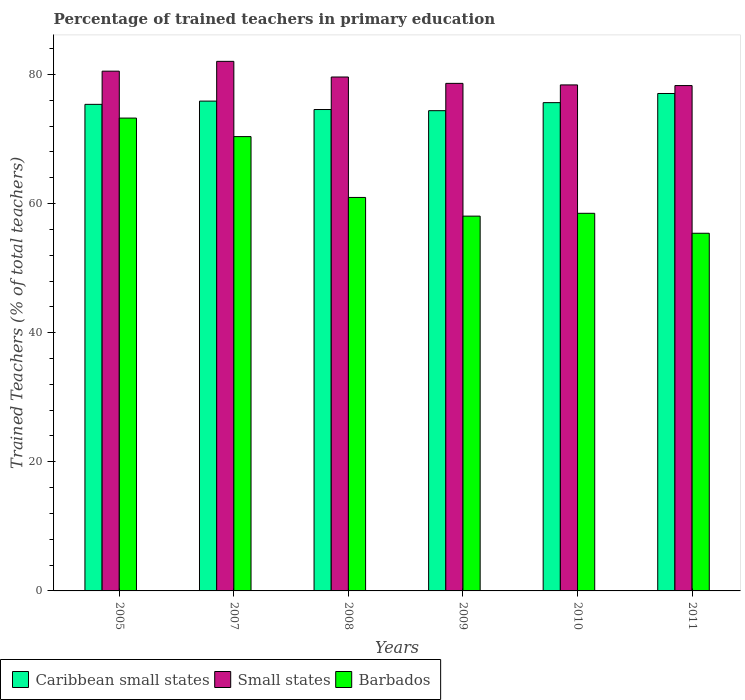
| Years | Caribbean small states | Small states | Barbados |
 | --- | --- | --- | --- |
 | 2005 | 75.4 | 80.5 | 73.2 |
 | 2007 | 75.9 | 82 | 70.4 |
 | 2008 | 74.6 | 79.6 | 61 |
 | 2009 | 74.4 | 78.6 | 58.1 |
 | 2010 | 75.6 | 78.4 | 58.5 |
 | 2011 | 77.1 | 78.3 | 55.4 |